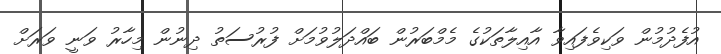
އުފެދުމުން ވަކިވެފައިވާ އާއިލާތަކުގެ މެމްބަރުން ބައްދަލުވުމަށް ފުރުސަތު ދިނުން މިހާރު ވަނީ ވަރަށް